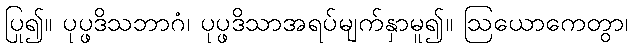
ပြု၍။ ပုပ္ဖဒိသဘာဂံ၊ ပုပ္ဖဒိသာအရပ်မျက်နှာမူ၍။ ဩယောကေတွာ၊